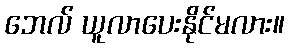
ဘေလ် ယူလာပေးနိုင်မလား။